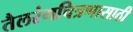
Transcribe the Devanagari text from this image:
तैलरंगचित्रणासाठी